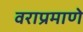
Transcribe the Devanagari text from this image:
वराप्रमाणे